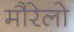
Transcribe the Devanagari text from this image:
मौरेलो